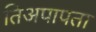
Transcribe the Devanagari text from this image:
तिअपापता